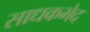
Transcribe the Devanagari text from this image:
साधकभेद